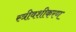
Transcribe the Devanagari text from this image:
स्त्रीवशीकरण